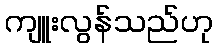
ကျူးလွန်သည်ဟု